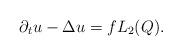
LaTeX: \begin{align*} \partial_t u - \Delta u = f L_2(Q). \end{align*}